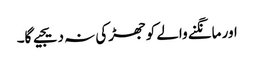
اور مانگنے والے کو جھڑکی نہ دیجیے گا۔